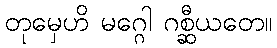
တုမှေဟိ မဂ္ဂေါ ဂစ္ဆီယတေ။